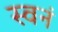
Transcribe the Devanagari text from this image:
स्वनं